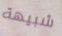
شبيهة